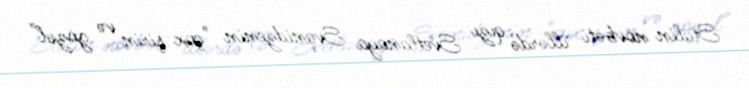
Stalin növbəti illərdə qızı Svetlanaya Svanidzenin "çox şirin və gözəl"